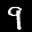
Label: 9